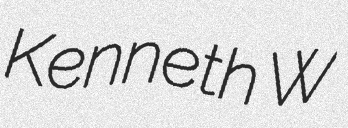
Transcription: Kenneth W